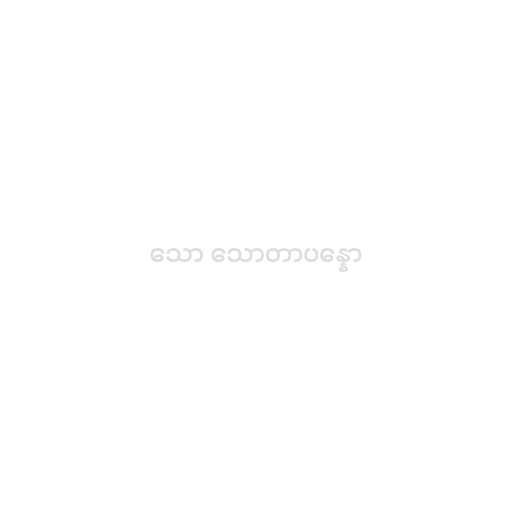
သော သောတာပန္နော